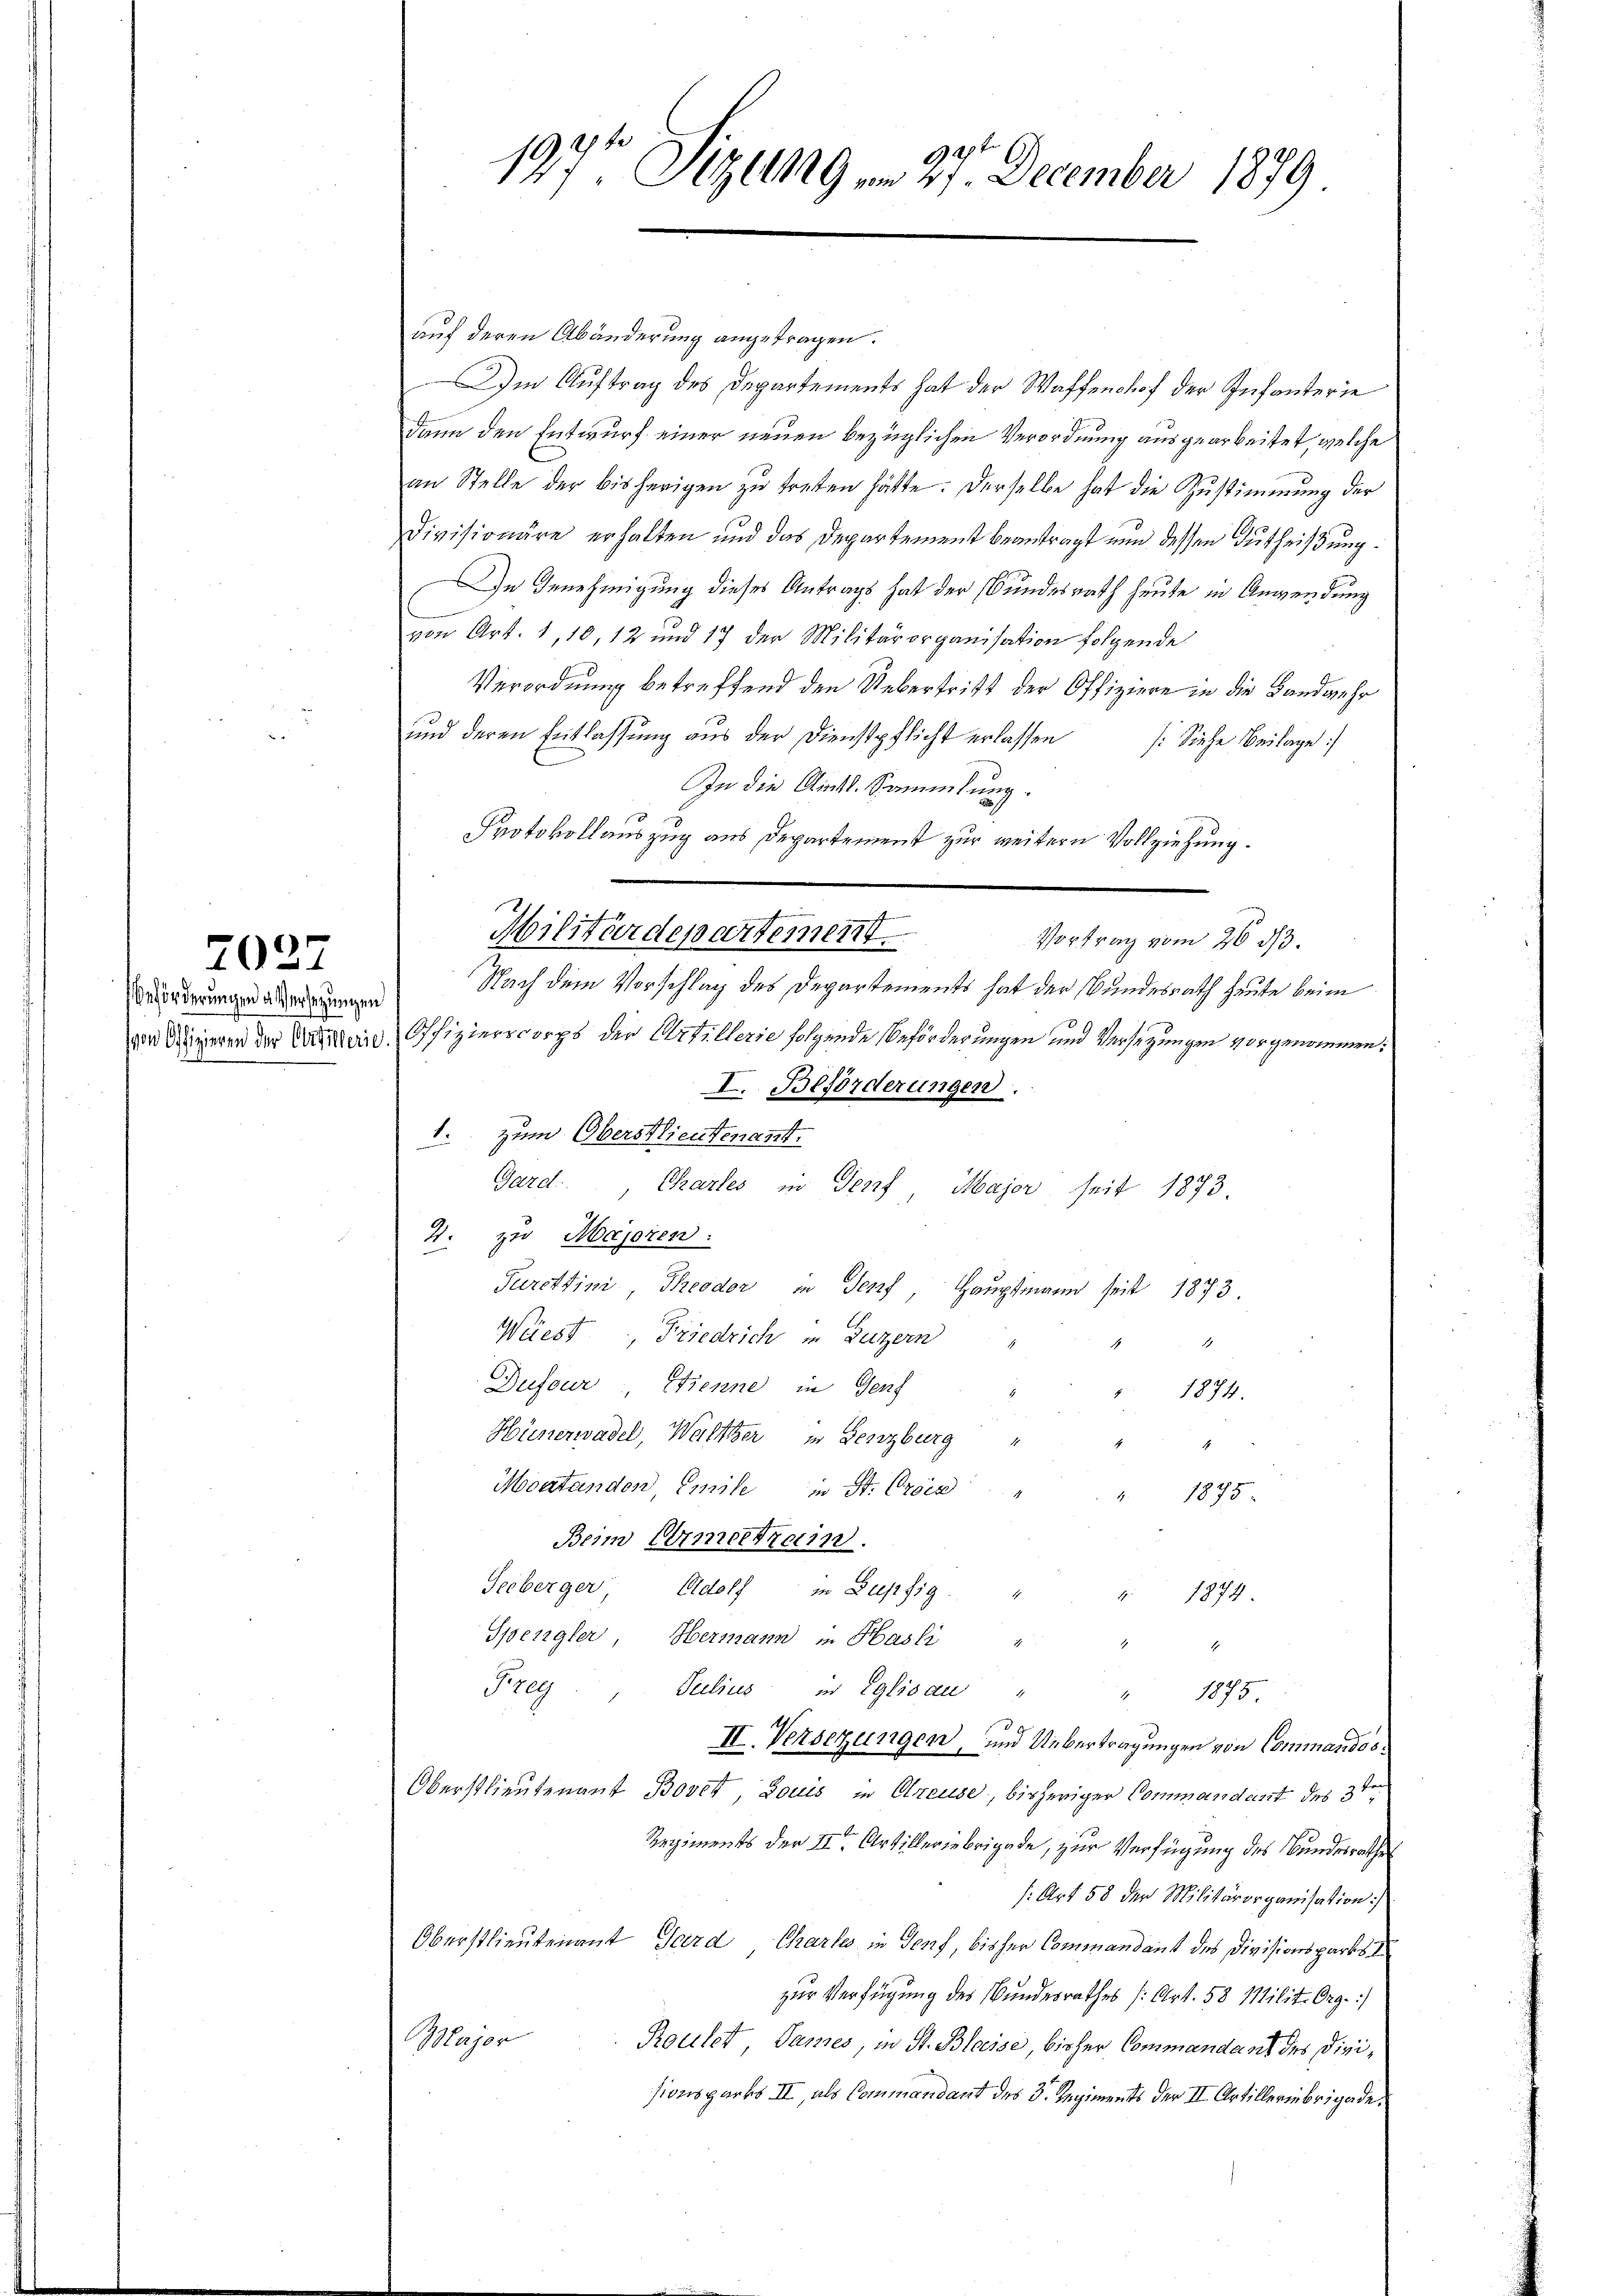
Beförderungen abersezungen

7027

197ten Sizungen 27. December 1879

auf deren Abänderung angetragen.
Im Auftrag des Departements hat der Waffenshof der Infanterie
dann den Entwurf einer neuen bezüglichen Verordnung ausgearbeitet, welche
an Stelle der bisherigen zŭ treten hätte. Derselbe hat die Zustimmung der
Divisionäre erhalten und das Departement beantragt nun dessen Gutheißung.
In Genehmigung dieses Antrags hat der Bundesrath heute in Anwendung
von Art. 1, 10, 12 und 17 der Militärorganisation folgende
Verordnung betreffend den Uebertritt der Offiziere in die Landwehr
und deren Entlassung aus der Dienstpflicht erlassen (Siehe Beilage
In die Amtl. Sammlung.
Protokollauszug aus Departement zur weitern Vollziehung.
Vortrag vom 26. ds.
Nach dem Vorschlag des Departements hat der Bundesrath heute beim
von Dineren der Kanten Offizierscorps der Artillerie folgende Beförderungen und Versitzungen vorgenommen.
I. Beförderungen.
1. zum Oberstlieutenannt.
Gard, Chartes in Genf, Major seit 1873.
4. zu Majoren:
Furchtini, Theodor in Senf, Hauptmann seit 1873.
Weiest Friedrich in Luzern
1
4
Dufour, Trenne in Genf
1874.
Hünerwadel, Walther in Lenzburg
Moatandon, Emile in St. Oser
1875
Beim Ermeetrein.
Seeberger, Adolf in Lupfig "
 1874
Spengler, Hermann in Hasli "
1
Grzeg. Julius in Eglisau
" 1875.
II. Versetzungen, und Uebertragungen von Commandos¬
Oberstlieutenant Bovet, Louis in Olreuse, bisheriger Commandant des 3ten
Regiments der IIten Artilleriebrigade, zur Verfügung des Bundesrathes
s: Art 58 der Militärorganisation
Oberstlieutenant Gard Charlos in Genf, bisher Commandant des Divisionsparts
zur Verfügung des Bundesrathes (Art. 58 Milit. Org.)
Major
Roulet, Panzes, in St. Blaise, bisher Commandaus des Divisionsgarks II, als Commandant des 3. Regiments der II Artilleriebrigade.

2
Militärdepartement